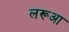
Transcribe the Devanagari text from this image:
लरूआ